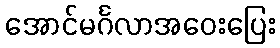
အောင်မင်္ဂလာအဝေးပြေး